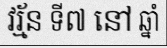
វរ្ម័ន ទី៧ នៅ ឆ្នាំ